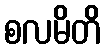
စလမိတိ